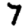
Digit: 7